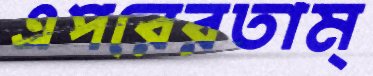
এপরেরতাম্